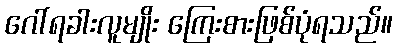
ဂေါ်ရခါးလူမျိုး ကြေးစားဖြစ်ပုံရသည်။